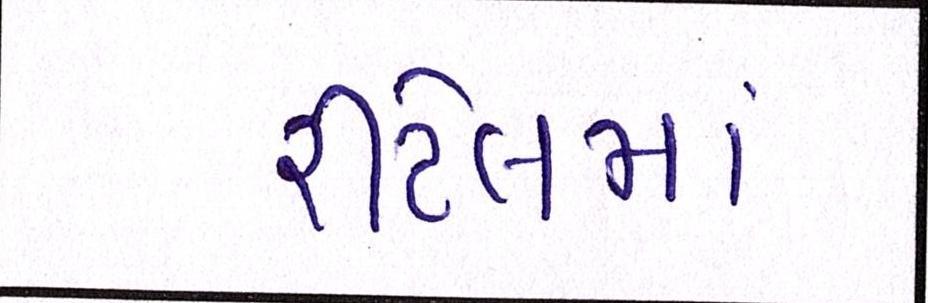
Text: રીટેલમાં